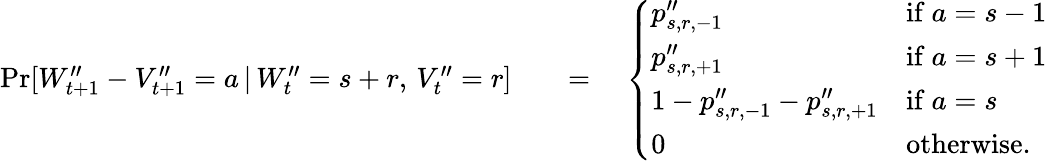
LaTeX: \begin{array}{rl}{\operatorname*{Pr}[W_{t+1}^{\prime\prime}-V_{t+1}^{\prime\prime}=a\, |\, W_{t}^{\prime\prime}=s+r,\, V_{t}^{\prime\prime}=r]\quad}&{=\quad\left\{ \begin{array}{ll}{p_{s,r,-1}^{\prime\prime}}&{\mathrm{if~}a=s-1}\\ {p_{s,r,+1}^{\prime\prime}}&{\mathrm{if~}a=s+1}\\ {1-p_{s,r,-1}^{\prime\prime}-p_{s,r,+1}^{\prime\prime}}&{\mathrm{if~}a=s}\\ {0}&{\mathrm{otherwise.}}\end{array}\right.}\end{array}